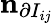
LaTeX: \mathbf{n}_{\partial I_{ij}}